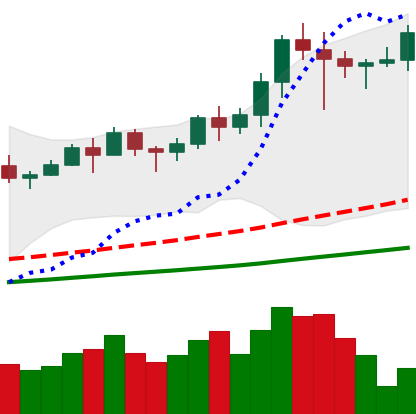
Ticker: LINK-USD
Chart end date: 2021-02-19
Forward return: -19.094%
Label: down_7plus